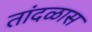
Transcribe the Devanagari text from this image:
तांदळास